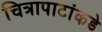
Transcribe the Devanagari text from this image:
चित्रापाटांकडे